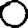
Digit: 0